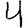
Digit: 4